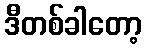
ဒီတစ်ခါတော့